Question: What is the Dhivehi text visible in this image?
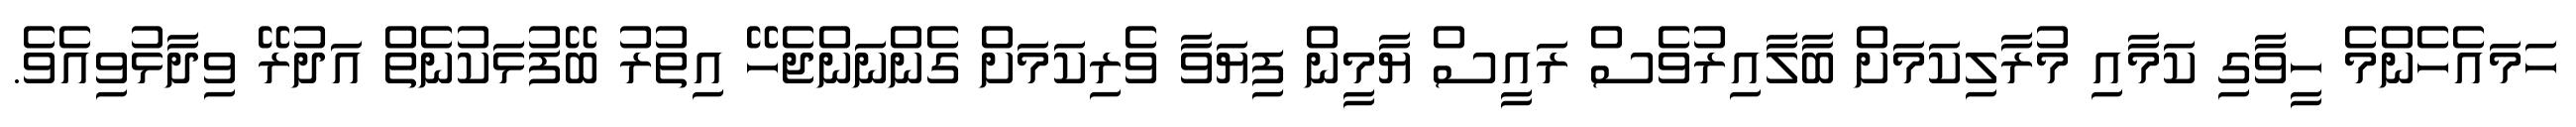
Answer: ހަމައެހެންމެ ހީވާގި ކަމާއި މުރާލިކަމަށް ބާލާއިރުވެސް ރައީސް ޔާމީން ފިޔަވާ ވެރިކަމަށް ގެންނަންޖެހޭ އިތުރު ބޭފުޅަކުނެތް އަދުރޭ ވިދާޅުވިއެވެ.